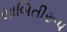
સાબિતીરૂપ